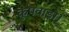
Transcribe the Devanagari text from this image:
कुपवाड़ा।